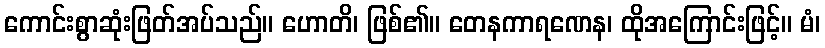
ကောင်းစွာဆုံးဖြတ်အပ်သည်။ ဟောတိ၊ ဖြစ်၏။ တေနကာရဏေန၊ ထိုအကြောင်းဖြင့်။ မံ၊